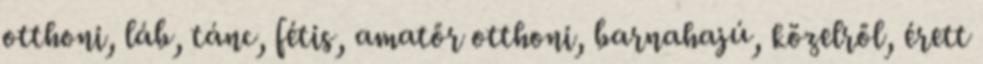
otthoni, láb, tánc, fétis, amatőr otthoni, barnahajú, közelről, érett